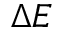
\Delta E